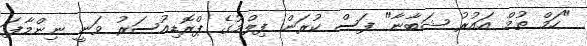
"ހަމް ތުމް އައުރު ޝަބާނާ" ފަސް ކުރަން ފިލްމުގެ ޕްރޮޑިއުސަރު ވަނީ ނިންމާފަ